Annual statistical returns and brief notes on vaccination in Bengal - 1887-1898
Year: 1887
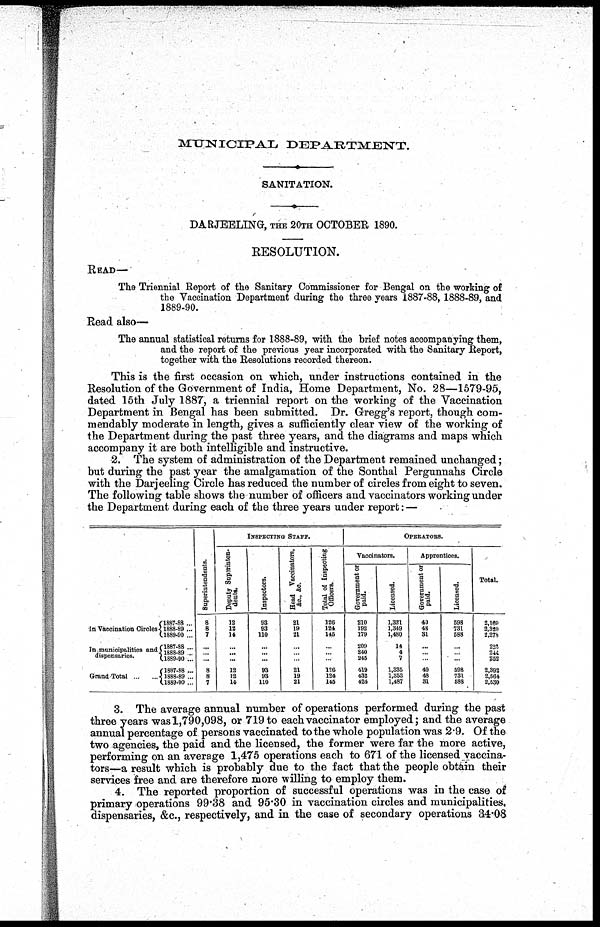
MUNICIPAL
DEPARTMENT.
SANITATION.
DARJEELING, THE 20TH OCTOBER 1890.
RESOLUTION.
READ—
The Triennial Report of the Sanitary Commissioner for Bengal on the working of
the Vaccination Department during the three years 1887-88, 1888-89, and
1889-90.
Read also—
The annual statistical returns for 1888-89, with the brief notes accompanying them,
and the report of the previous year incorporated with the Sanitary Report,
together with the Resolutions recorded thereon.
This is the first occasion on which, under instructions contained in the
Resolution of the Government of India, Home Department, No. 28—1579-95,
dated 15th July 1887, a triennial report on the working of the Vaccination
Department in Bengal has been submitted. Dr. Gregg's report, though com-
mendably moderate in length, gives a sufficiently clear view of the working of
the Department during the past three years, and the diagrams and maps which
accompany it are both intelligible and instructive.
2. The system of administration of the Department remained unchanged;
but during the past year the amalgamation of the Sonthal Pergunnahs Circle
with the Darjeeling Circle has reduced the number of circles from eight to seven.
The following table shows the number of officers and vaccinators working under
the Department during each of the three years under report: —
In Vaccination Circles
In municipalities and
dispensaries.
Grand Total...
...
1887-88 ...
1888-89 ...
1889-90 ...
1887-88 ...
1888-89 ...
1889-90 ...
1887-88 ...
1888-89 ...
1889-90 ...
Superintendents.
8
8
7
...
...
...
8
8
7
INSPECTING STAFF.
Deputy Superinten-
dents.
12
12
14
...
...
...
12
12
14
Inspectors.
93
93
110
...
...
...
93
93
110
Head Vaccinators,
Ac., &c.
21
19
21
...
... ...
21
19
21
Total of Inspecting
Officers.
126
124
145
...
...
...
126
124
145
OPERATIONS.
Vaccinators.
Government or
paid.
210
192
179
209
240
245
419
432
424
Licensed.
1,321
1,349
1,480
14
4
7
1,335
1,353
1,487
Apprentices.
Government or
paid.
40
48
31
...
...
...
40
48
31
Licensed.
598
731
588
...
... ...
598
731
588
Total.
2,169
2,320
2,278
223
244
252
2,392
2,564
2,530
3. The average annual number of operations performed during the past
three years was 1,790,098, or 719 to each vaccinator employed; and the average
annual percentage of persons vaccinated to the whole population was 2.9. Of the
two agencies, the paid and the licensed, the former were far the more active,
performing on an average 1,475 operations each to 671 of the licensed vaccina-
tors—a result which is probably due to the fact that the people obtain their
services free and are therefore more willing to employ them.
4. The reported proportion of successful operations was in the case of
primary operations 99.38 and 95.30 in vaccination circles and municipalities,
dispensaries, &c., respectively, and in the case of secondary operations 34.08